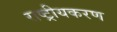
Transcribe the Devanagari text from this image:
राष्‍ट्रीयकरण